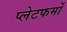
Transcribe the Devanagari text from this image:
प्‍लेटफर्मों